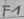
Text: F1